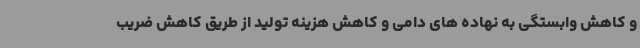
و کاهش وابستگی به نهاده های دامی و کاهش هزینه تولید از طریق کاهش ضریب